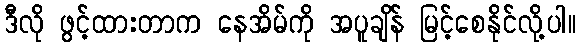
ဒီလို ဖွင့်ထားတာက နေအိမ်ကို အပူချိန် မြင့်စေနိုင်လို့ပါ။